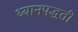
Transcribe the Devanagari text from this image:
ध्यानपद्धती